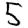
Digit: 5